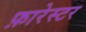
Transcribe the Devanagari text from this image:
फ़ारेस्टर